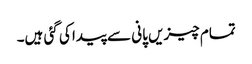
تمام چیزیں پانی سے پیدا کی گئی ہیں۔